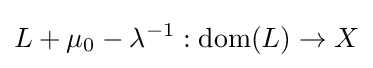
L+\mu _{0}-\lambda ^{-1}:\operatorname {dom} (L)\to X